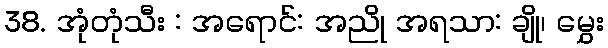
38. အုံတုံသီး : အရောင်: အညို အရသာ: ချို၊ မွှေး